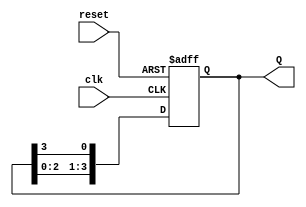
module bistable_ring_counter (
    input wire clk,           // Clock signal
    input wire reset,         // Reset signal
    output reg [3:0] Q        // Output representing the state of the counter
);

// Number of bits in the counter
parameter N = 4;

// Initial state
initial begin
    Q = 4'b1000;              // Start with the first flip-flop set to '1'
end

// Asynchronous reset and counting
always @(posedge clk or posedge reset) begin
    if (reset) begin
        Q <= 4'b1000;        // Reset state
    end else begin
        // Shift '1' around the ring 
        Q <= {Q[N-2:0], Q[N-1]}; // Rotate the bits to the right
    end
end

endmodule